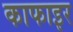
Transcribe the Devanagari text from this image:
काफाइर